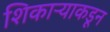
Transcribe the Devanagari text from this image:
शिकाऱ्याकडून